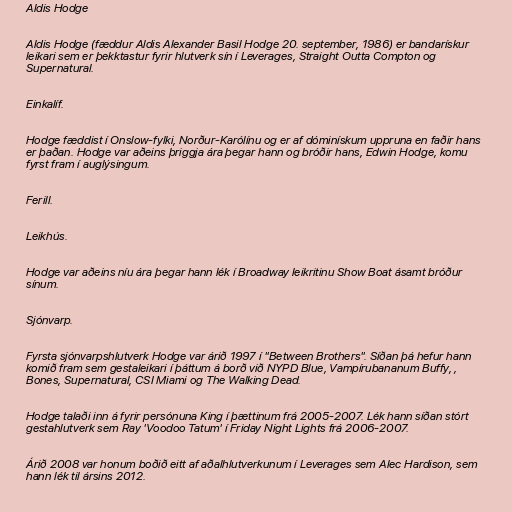
Aldis Hodge

Aldis Hodge (fæddur Aldis Alexander Basil Hodge 20. september, 1986) er bandarískur
leikari sem er þekktastur fyrir hlutverk sín í Leverages, Straight Outta Compton og
Supernatural.

Einkalíf.

Hodge fæddist í Onslow-fylki, Norður-Karólínu og er af dóminískum uppruna en faðir hans
er þaðan. Hodge var aðeins þriggja ára þegar hann og bróðir hans, Edwin Hodge, komu
fyrst fram í auglýsingum.

Ferill.

Leikhús.

Hodge var aðeins níu ára þegar hann lék í Broadway leikritinu Show Boat ásamt bróður
sínum.

Sjónvarp.

Fyrsta sjónvarpshlutverk Hodge var árið 1997 í "Between Brothers". Síðan þá hefur hann
komið fram sem gestaleikari í þáttum á borð við NYPD Blue, Vampírubananum Buffy, ,
Bones, Supernatural, CSI Miami og The Walking Dead.

Hodge talaði inn á fyrir persónuna King í þættinum frá 2005-2007. Lék hann síðan stórt
gestahlutverk sem Ray 'Voodoo Tatum' í Friday Night Lights frá 2006-2007.

Árið 2008 var honum boðið eitt af aðalhlutverkunum í Leverages sem Alec Hardison, sem
hann lék til ársins 2012.